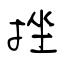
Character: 挫